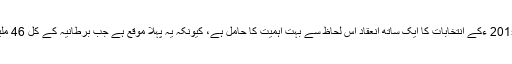
کہا جارہا ہے کہ مقامی کونسلوں کے ساتھ یورپی یونین پارلیمنٹ سال 2015 ءکے انتخابات کا ایک ساتھ انعقاد اس لحاظ سے بہت اہمیت کا حامل ہے، کیونکہ یہ پہلا موقع ہے جب برطانیہ کے کل 46 ملین ووٹرز وعام انتخابات کے علاوہ کسی الیکشن میں حصہ لے رہے ہیں۔